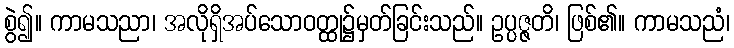
စွဲ၍။ ကာမသညာ၊ အလိုရှိအပ်သောဝတ္ထု၌မှတ်ခြင်းသည်။ ဥပ္ပဇ္ဇတိ၊ ဖြစ်၏။ ကာမသညံ၊